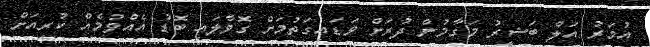
އުމަރު އަލް ބަޝީރު މަގާމުން ދުރަށް ވަޑައިގަތުމަށް ގޮވާލައި ބޮޑު އެއްވުމެއް ކުރިއަށް